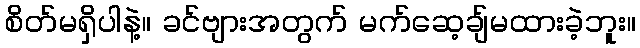
စိတ်မရှိပါနဲ့။ ခင်ဗျားအတွက် မက်ဆေ့ချ်မထားခဲ့ဘူး။